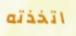
اتخذته